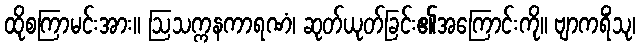
ထိုစကြာမင်းအား။ ဩသက္ကနကာရဏံ၊ ဆုတ်ယုတ်ခြင်း၏အကြောင်းကို။ ဗျာကရိံသု၊